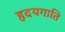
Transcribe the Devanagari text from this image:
हृदयगाति